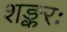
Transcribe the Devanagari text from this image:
शङ्करः